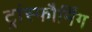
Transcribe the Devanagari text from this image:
ट्रांस्फौर्मिंग